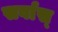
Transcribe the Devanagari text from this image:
सर्वास्‌